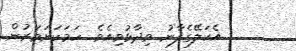
އެކަލޭގެފާނު ވިދާޅުވިއެވެ. ހަމަކަށަވަރުން